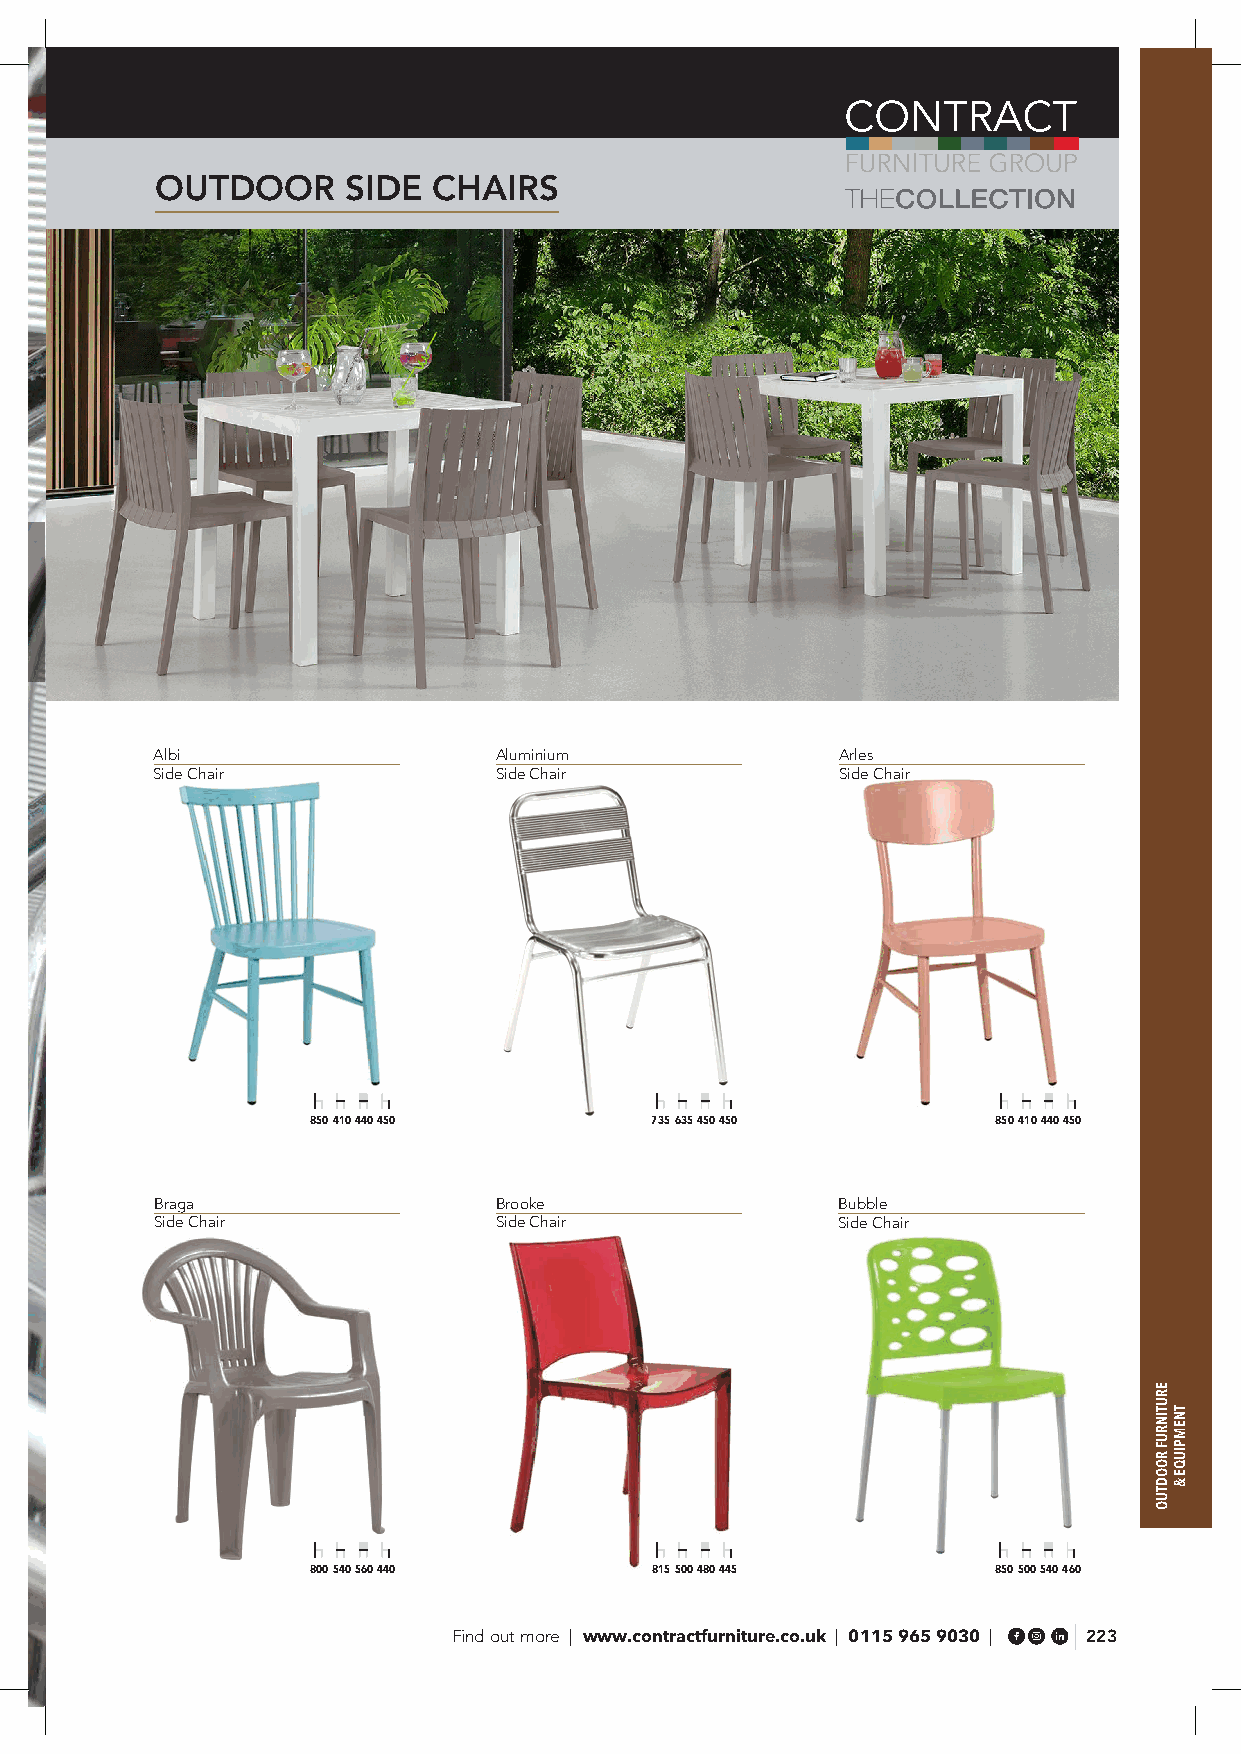
OUTDOOR      SIDE  CHAIRS
 Albi                   Aluminium              Arles
 Side Chair             Side Chair             Side Chair
 850 410 440 450        735 635 450 450        850 410 440 450
 Braga                  Brooke                Bubble
 Side Chair             Side Chair            Side Chair
 800 540 560 440        815 500 480 445        850 500 540 460
 Find out more | www.contractfurniture.co.uk | 0115 965 9030 | 223
 ERUTINRUF
 ROODTUO
 TNEMPIUQE
 &